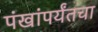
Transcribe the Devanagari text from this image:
पंखांपर्यंतचा